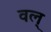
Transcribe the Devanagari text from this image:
वल्‌